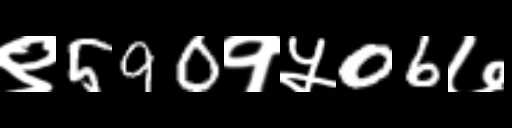
Text: ९590१५06७